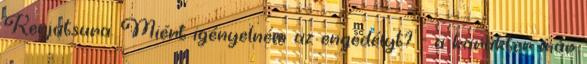
Kenjutsura. Miért igényelném az engedélyt? - a karakter már